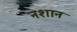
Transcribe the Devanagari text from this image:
नशान